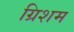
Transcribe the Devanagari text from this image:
ग्रिशम